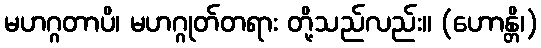
မဟဂ္ဂတာပိ၊ မဟဂ္ဂုတ်တရား တို့သည်လည်း။ (ဟောန္တိ၊)